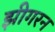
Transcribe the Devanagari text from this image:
झीगरन